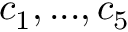
c _ { 1 } , . . . , c _ { 5 }